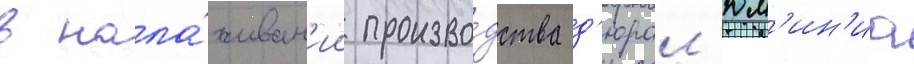
в нала́живан'ии произво́дства д'юрал'юм'ин'иа